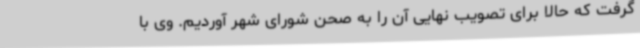
گرفت که حالا برای تصویب نهایی آن را به صحن شورای شهر آوردیم. وی با